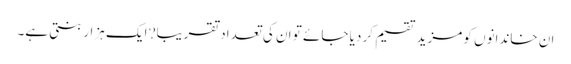
ان خاندانوں کو مزید تقسیم کر دیا جائے تو ان کی تعداد تقریبا? ایک ہزار بنتی ہے۔